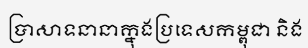
ប្រាសាទនានាក្នុងប្រទេសកម្ពុជា និង